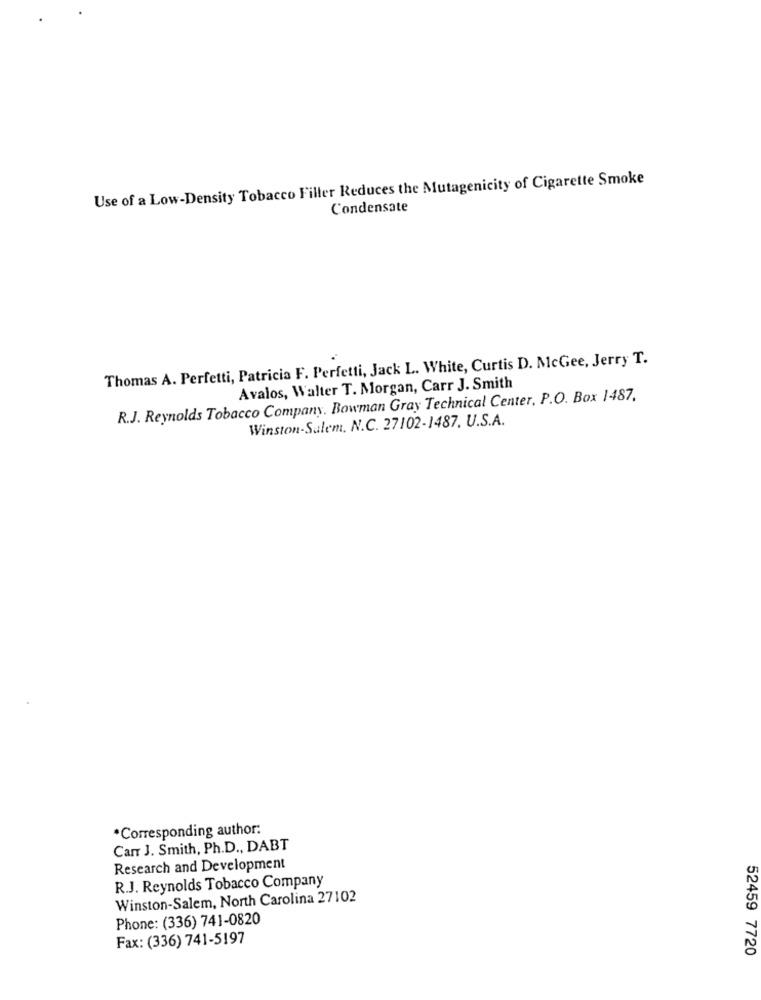
Use of a Low-Density Tobacco Filler Reduces the Mutagenicity of Cigarette Smoke
Condensate
Thomas A. Perfetti, Patricia F. Perfetti, Jack L. White, Curtis D. McGee, Jerry T.
Avalos, Walter T. Morgan, Carr J. Smith
R.J. Reynolds Tobacco Company. Bowman Gray Technical Center, P.O. Box 1487.
Winston-Salem, N.C. 27102-1487. U.S.A.
*Corresponding author:
Carr J. Smith, Ph.D ., DABT
Research and Development
R.J. Reynolds Tobacco Company
Winston-Salem, North Carolina 27102
Phone: (336) 741-0820
Fax: (336) 741-5197
52459 7720